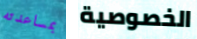
بمساعدته الخصوصية